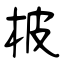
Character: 柀